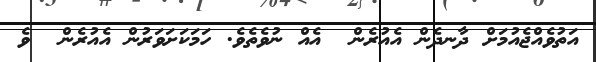
އަތުވެއްޖެއުމަށް ދާނދެން އެއުރެން  އެއް ނުވެތެވެ. ހަމަކަށަވަރުން އެއުރެން  ވެ